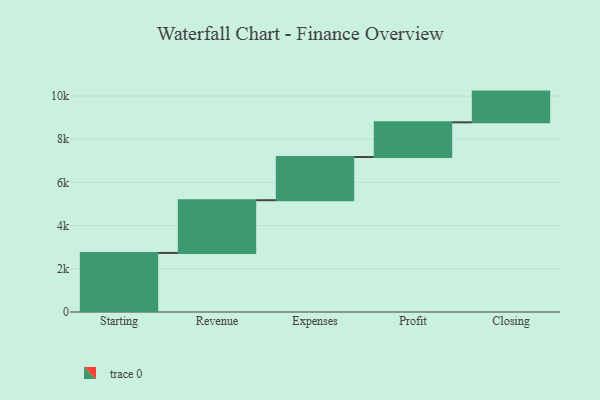
{"axis": {"x": "Step", "y": "Value"}, "legend": [""], "data": [{"x": "Starting", "y": 2733.0, "type": ""}, {"x": "Revenue", "y": 2441.0, "type": ""}, {"x": "Expenses", "y": 2000.0, "type": ""}, {"x": "Profit", "y": 1605.0, "type": ""}, {"x": "Closing", "y": 1422.0, "type": ""}]}